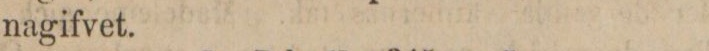
nagifvet.